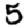
Digit: 5